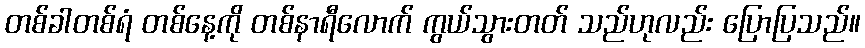
တစ်ခါတစ်ရံ တစ်နေ့ကို တစ်နာရီလောက် ကွယ်သွားတတ် သည်ဟုလည်း ပြောပြသည်။